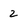
Character: 2